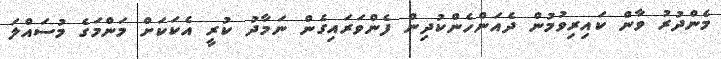
މެންދުރު ވާން ކައިރިވުމުން ދެއަންހެންކުދިން ފެންވަރައިގެން ނަމާދު ކުރީ އެކަކަށް މަންމަގެ މުސައްލަ